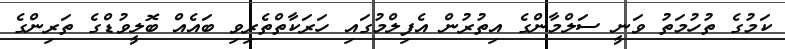
ކަމުގެ ތުހުމަތު ވަނީ ސަލްމާންގެ އިތުރުން އެފިލްމުގައި ހަރަކާތްތެރިވި ބައެއް ބޮލީވުޑްގެ ތަރިންގެ